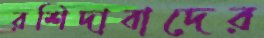
রশিদাবাদের